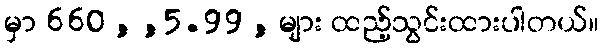
မှာ 660 , ,5.99 , များ ထည့်သွင်းထားပါတယ်။